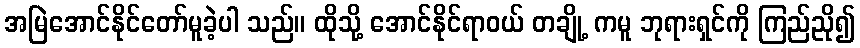
အမြဲအောင်နိုင်တော်မူခဲ့ပါ သည်။ ထိုသို့ အောင်နိုင်ရာဝယ် တချို့ ကမူ ဘုရားရှင်ကို ကြည်ညို၍